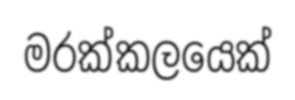
මරක්කලයෙක්